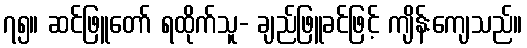
၇၅။ ဆင်ဖြူတော် ရထိုက်သူ- ချည်ဖြူခင်ဖြင့် ကျိန်းကျေသည်။